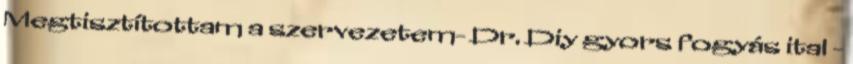
Megtisztítottam a szervezetem- Dr. Diy gyors fogyás ital -